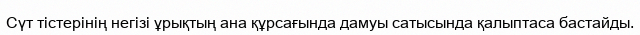
Сүт тістерінің негізі ұрықтың ана құрсағында дамуы сатысында қалыптаса бастайды.